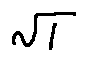
\sqrt { 1 }